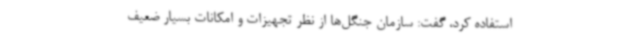
استفاده کرد، گفت: سازمان جنگل‌ها از نظر تجهیزات و امکانات بسیار ضعیف